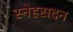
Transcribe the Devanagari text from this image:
स्नेहसदन